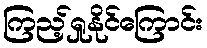
ကြည့်ရှုနိုင်ကြောင်း